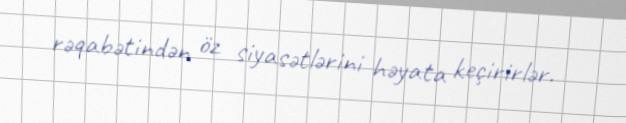
rəqabətindən öz siyasətlərini həyata keçirirlər.